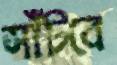
সাঁটবে